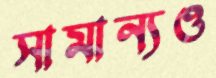
সামান্যও